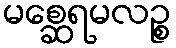
မစ္ဆေရမလဉ္စ